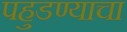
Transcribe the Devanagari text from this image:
पहुडण्याचा